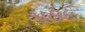
૫૭૯